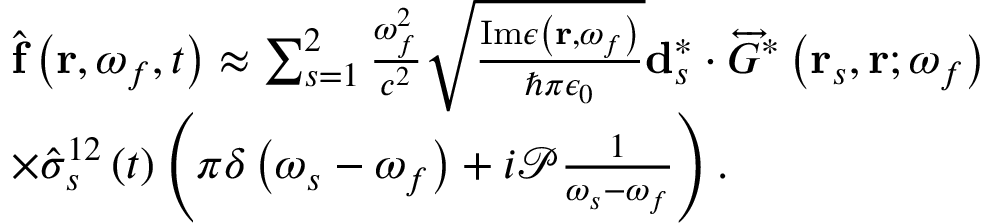
\begin{array} { r l } & { \hat { \mathbf { f } } \left( \mathbf { r } , \omega _ { f } , t \right) \approx \sum _ { s = 1 } ^ { 2 } \frac { \omega _ { f } ^ { 2 } } { c ^ { 2 } } \sqrt { \frac { \mathrm { I m } \epsilon \left( \mathbf { r } , \omega _ { f } \right) } { \hbar \pi \epsilon _ { 0 } } } \mathbf { d } _ { s } ^ { * } \cdot \overleftrightarrow { G } ^ { * } \left( \mathbf { r } _ { s } , \mathbf { r } ; \omega _ { f } \right) } \\ & { \times \hat { \sigma } _ { s } ^ { 1 2 } \left( t \right) \left( \pi \delta \left( \omega _ { s } - \omega _ { f } \right) + i \mathcal { P } \frac { 1 } { \omega _ { s } - \omega _ { f } } \right) . } \end{array}